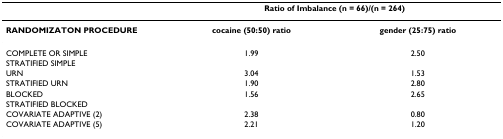
<table><thead><tr><td></td><td colspan="2"><b>Ratio of Imbalance (n = 66)/(n = 264)</b></td></tr></thead><tbody><tr><td><b>RANDOMIZATON PROCEDURE</b></td><td><b>cocaine (50:50) ratio</b></td><td><b>gender (25:75) ratio</b></td></tr><tr><td>COMPLETE OR SIMPLE</td><td>1.99</td><td>2.50</td></tr><tr><td>STRATIFIED SIMPLE</td><td></td><td></td></tr><tr><td>URN</td><td>3.04</td><td>1.53</td></tr><tr><td>STRATIFIED URN</td><td>1.90</td><td>2.80</td></tr><tr><td>BLOCKED</td><td>1.56</td><td>2.65</td></tr><tr><td>STRATIFIED BLOCKED</td><td></td><td></td></tr><tr><td>COVARIATE ADAPTIVE (2)</td><td>2.38</td><td>0.80</td></tr><tr><td>COVARIATE ADAPTIVE (5)</td><td>2.21</td><td>1.20</td></tr></tbody></table>